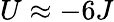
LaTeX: U\approx-6J